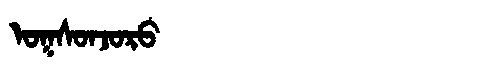
Manchu: ᠣᡴᠰᠣᠨᠵᠣᡵᠣ
Romanization: OKSONJORO